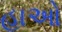
હાઓ